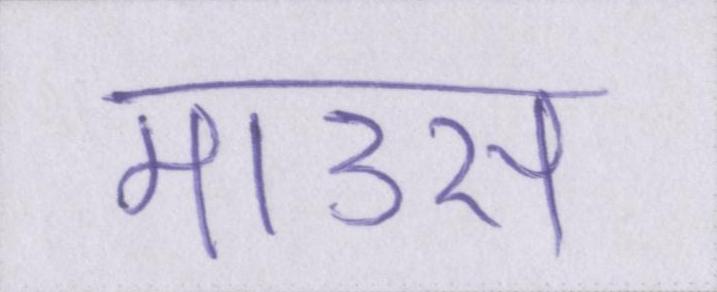
माउस